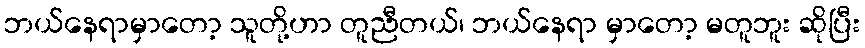
ဘယ်နေရာမှာတော့ သူတို့ဟာ တူညီတယ်၊ ဘယ်နေရာ မှာတော့ မတူဘူး ဆိုပြီး